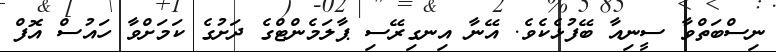
ނިސްބަތްވާ ސީނިއާ ބޭފުޅެކެވެ. އޭނާ އިނގިރޭސި ޕާލަމެންޓްގެ ދަށުގެ ކަމަށްވާ ހައުސް އޮފް